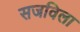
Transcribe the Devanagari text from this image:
सजविला